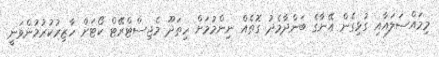
މިމައްސަލައާއި ގުޅިގެން އޭނާގެ ބަންދާމެދު ގޮތެއް ނިންމުމަށް ހިތަދޫ މެޖިސްޓްރޭޓް ކޯޓަށް ހާޒިރުކުރުމުންވަނީ